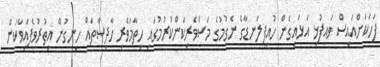
ފަހަކަށްއައިސް ވައިފުޅި އަޅައިގެން ހުއިފިލަނޑާގެ ނެގުމުގެ މަސްވެރިކަންކުރުމުގައި ހިތާމަވެރި ހާދިސާތައް ހިނގުން އިތުރުވެފައިވާކަން